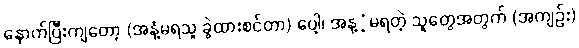
နောက်ပြီးကျတော့ (အနံ့မရသူ ခွဲထားစင်တာ) ပေါ့၊ အန့ံ့မရတဲ့ သူတွေအတွက် (အကျဉ်း)